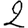
Digit: 2